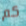
كم